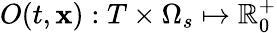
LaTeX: O(t,\mathbf{x}):T\times\Omega_{s}\mapsto\mathbb{R}_{0}^{+}